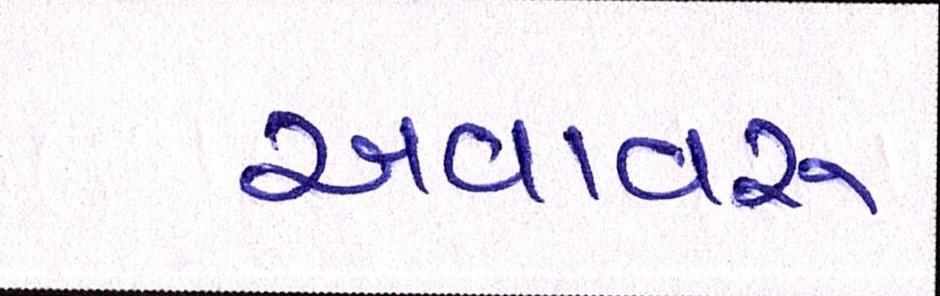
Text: અવાવરૂ